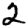
Digit: 2